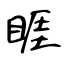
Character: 睚